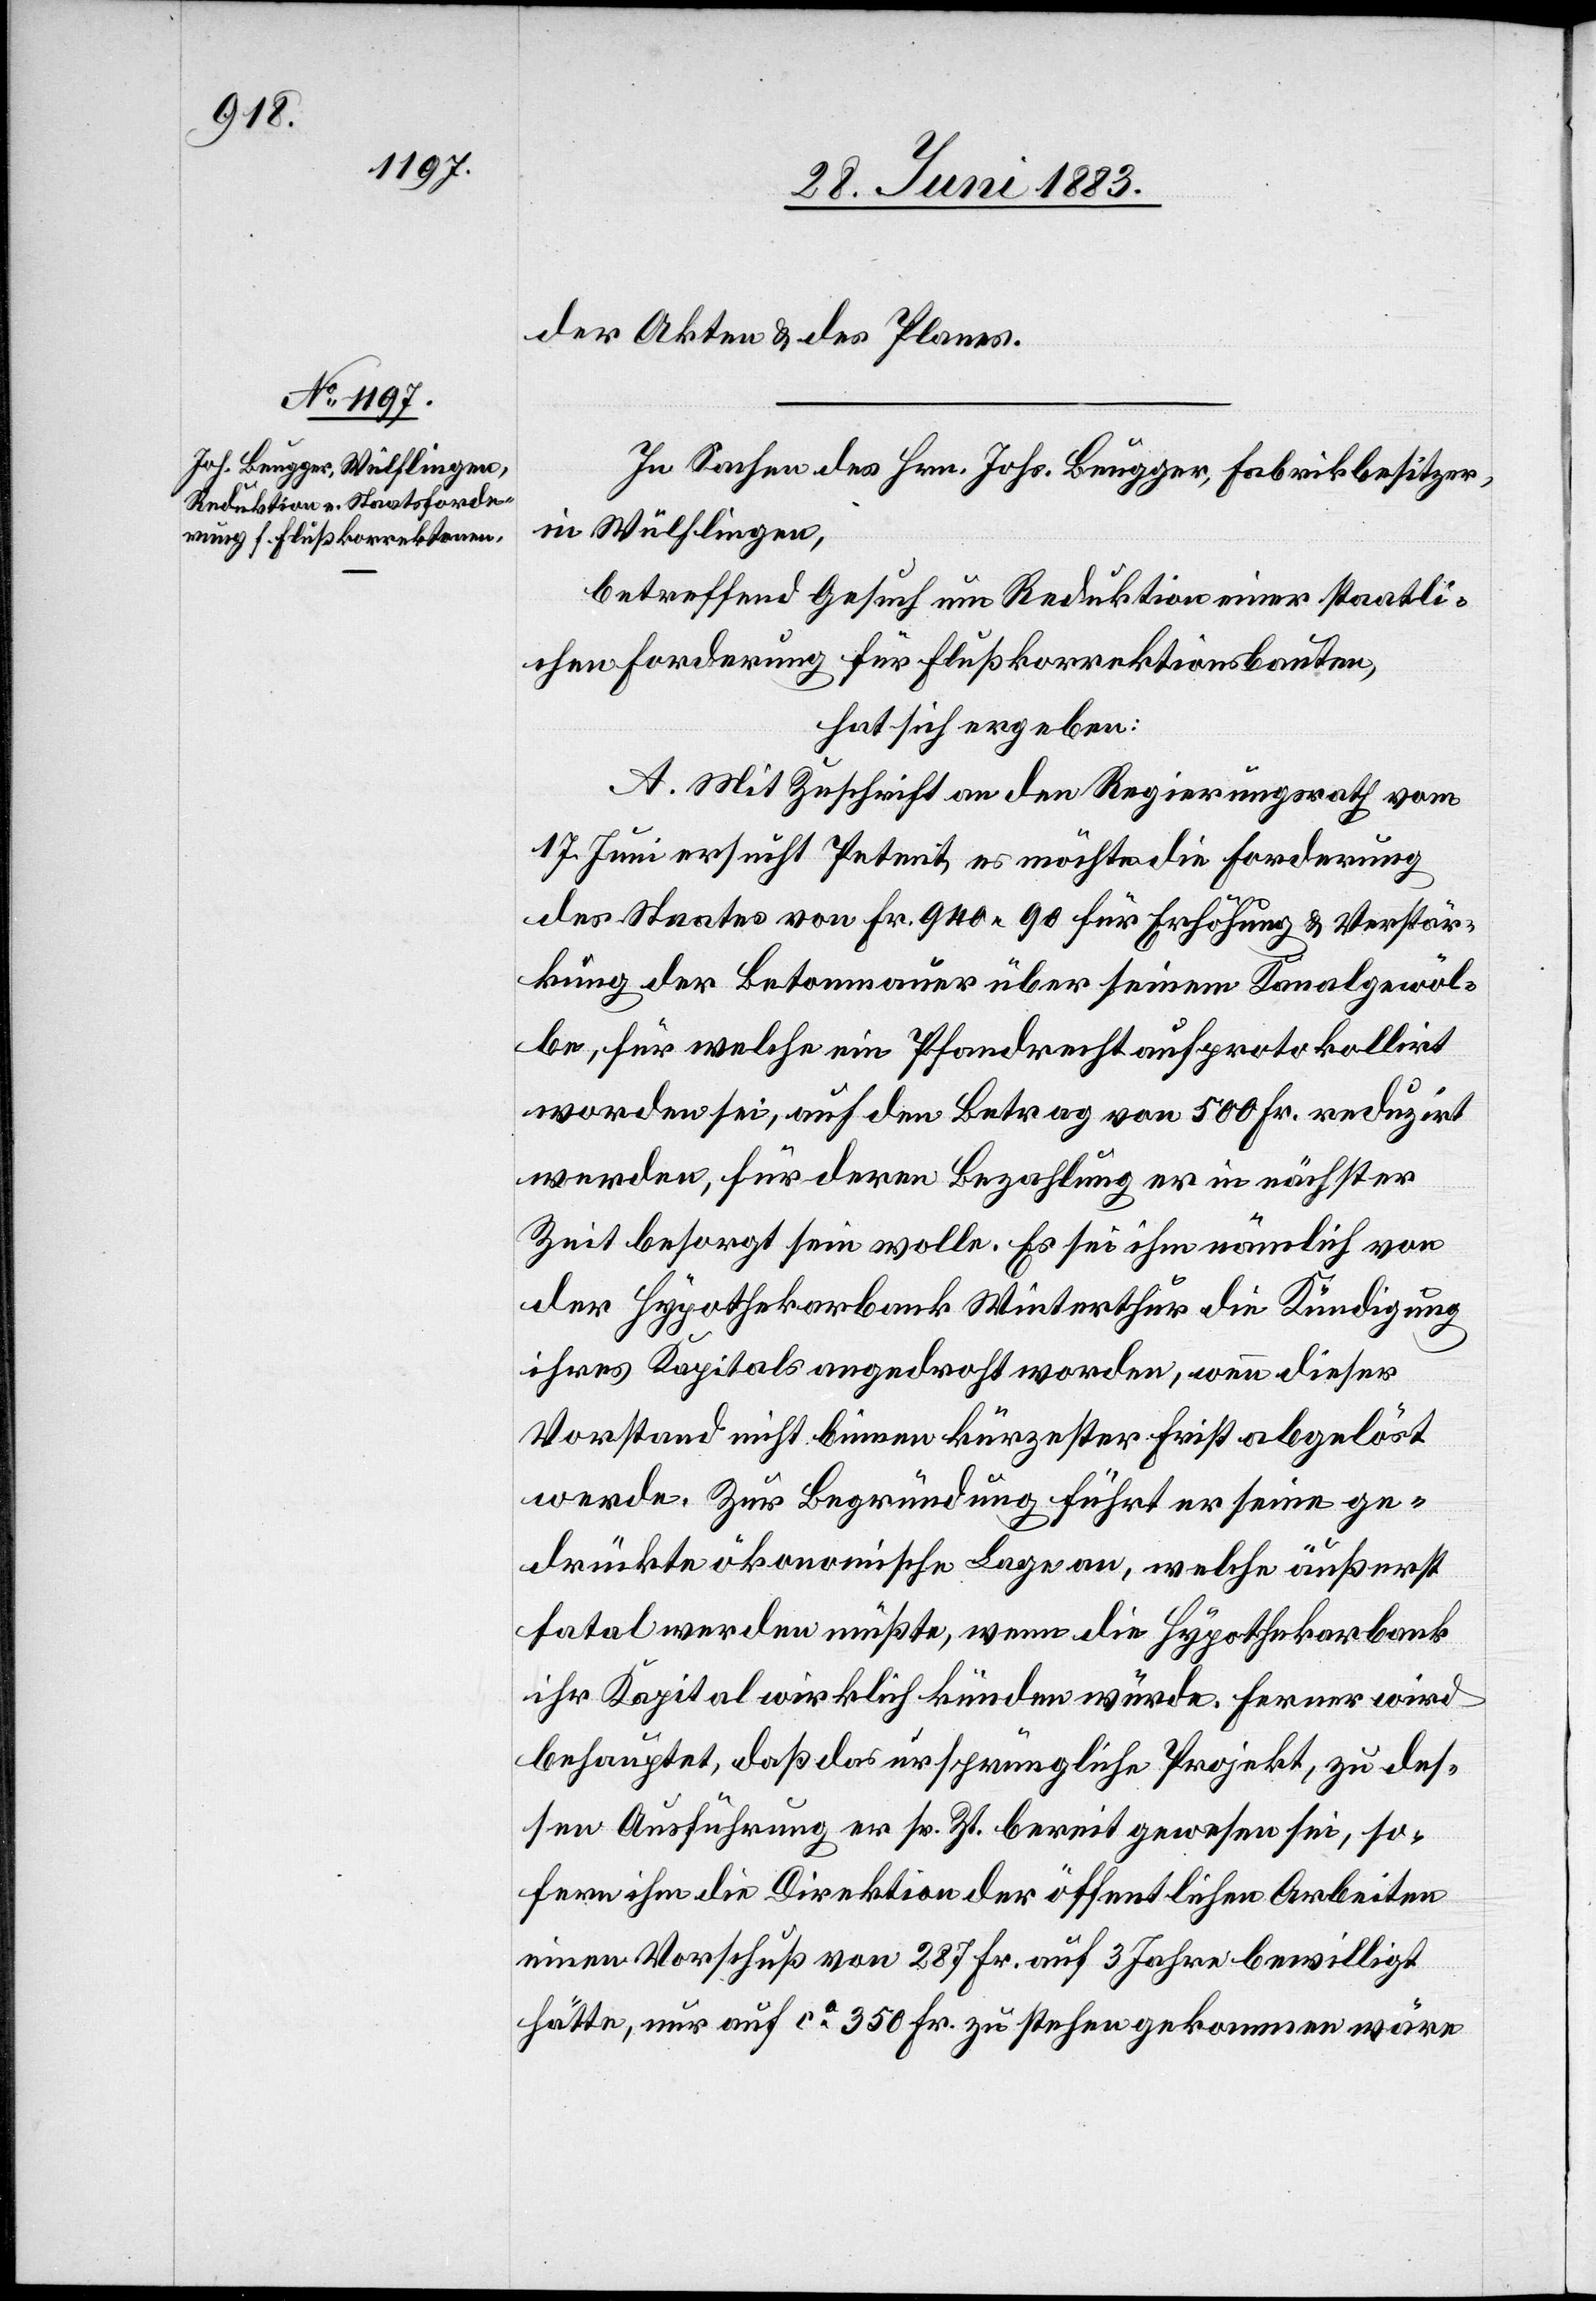
der Akten & des Planes.
In Sachen des Hrn. Johs. Brugger, Fabrikbesitzer
in Wülflingen,
betreffend Gesuch um Reduktion einer staatli¬
chen Forderung für Flußkorrektionsbauten,
hat sich ergeben:
A. Mit Zuschrift an den Regierungsrath vom
17. Juni ersucht Petent, es möchte die Forderung
des Staates von Fr. 940 90 für Erhöhung & Verstär¬
kung der Betonmauer über seinem Kanalgewöl¬
be, für welche ein Pfandrecht aufprotokollirt
worden sei, auf den Betrag von 500 Fr. reduzirt
werden, für deren Bezahlung er in nächster
Zeit besorgt sein wolle. Es sei ihm nämlich von
der Hypothekarbank Winterthur die Kündigung
ihres Kapitals angedroht worden, wenn dieser
Vorstand nicht binnen kürzester Frist abgelöst
werde. Zur Begründung führt er seine ge¬
drückte ökonomische Lage an, welche äußerst
fatal werden müßte, wenn die Hypothekarbank
ihr Kapital wirklich künden würde. Ferner wird
behauptet, daß das ursprüngliche Projekt, zu des¬
sen Ausführung er sr. Zt. bereit gewesen sei, so¬
fern ihm die Direktion der öffentlichen Arbeiten
einen Vorschuß von 287 Fr. auf 3 Jahre bewilligt
hätte, nur auf ca 350 Fr. zu stehen gekommen wäre